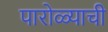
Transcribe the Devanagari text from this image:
पारोळ्याची